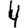
Digit: 4